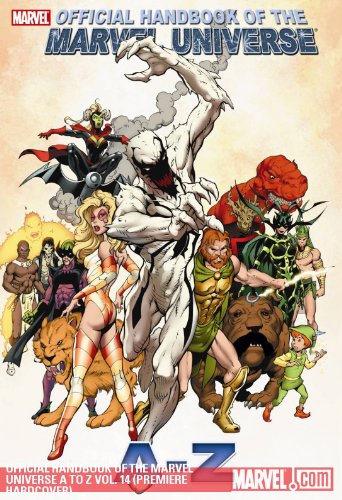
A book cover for Official Handbook of the Marvel Universe A To Z - Volume 14; Marvel Comics; Reference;